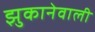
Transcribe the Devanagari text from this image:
झुकानेवाली